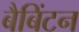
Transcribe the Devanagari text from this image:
बैबिंटन